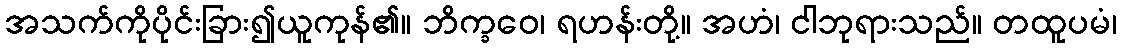
အသက်ကိုပိုင်းခြား၍ယူကုန်၏။ ဘိက္ခဝေ၊ ရဟန်းတို့။ အဟံ၊ ငါဘုရားသည်။ တထူပမံ၊